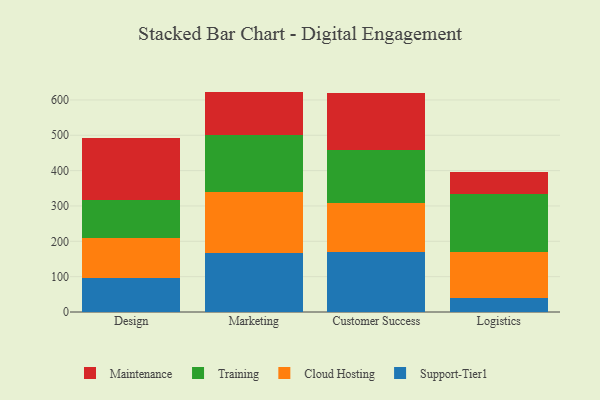
{"axis": {"x": "Department", "y": "Revenue (USD Million)"}, "legend": ["Cloud Hosting", "Maintenance", "Support-Tier1", "Training"], "data": [{"x": "Design", "y": 95.7, "type": "Support-Tier1"}, {"x": "Design", "y": 112.5, "type": "Cloud Hosting"}, {"x": "Design", "y": 109.6, "type": "Training"}, {"x": "Design", "y": 173.6, "type": "Maintenance"}, {"x": "Marketing", "y": 167.1, "type": "Support-Tier1"}, {"x": "Marketing", "y": 172.5, "type": "Cloud Hosting"}, {"x": "Marketing", "y": 160.0, "type": "Training"}, {"x": "Marketing", "y": 124.0, "type": "Maintenance"}, {"x": "Customer Success", "y": 171.1, "type": "Support-Tier1"}, {"x": "Customer Success", "y": 136.5, "type": "Cloud Hosting"}, {"x": "Customer Success", "y": 152.1, "type": "Training"}, {"x": "Customer Success", "y": 159.9, "type": "Maintenance"}, {"x": "Logistics", "y": 40.4, "type": "Support-Tier1"}, {"x": "Logistics", "y": 130.0, "type": "Cloud Hosting"}, {"x": "Logistics", "y": 162.3, "type": "Training"}, {"x": "Logistics", "y": 64.4, "type": "Maintenance"}]}